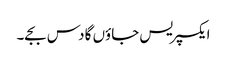
ایکسپریس جاؤں گا دس بجے۔